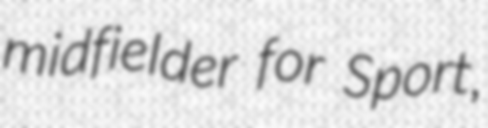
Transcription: midfielder for Sport,